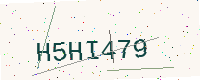
Text: H5HI479